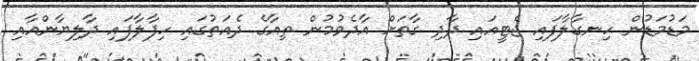
މަޑުމަޑުން ހިނގާލާފައި ޖެޓީއައި ދާދި ގާތަށް އާދެވުމުން ތިއާގެ ދެއަތުގައި ހިފާލާފައި ދާލިޔާންއާއި